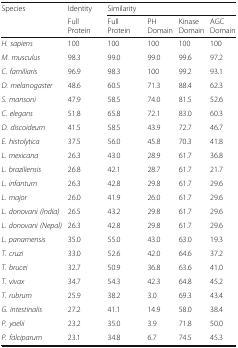
| Species | Identity | <COLSPAN=4> Similarity |
 |  | Full Protein | Full Protein | PH Domain | Kinase Domain | AGC Domain |
 | --- | --- | --- | --- | --- | --- |
 | H. sapiens | 100 | 100 | 100 | 100 | 100 |
 | M. musculus | 98.3 | 99.0 | 99.0 | 99.6 | 97.2 |
 | C. familiaris | 96.9 | 98.3 | 100 | 99.2 | 93.1 |
 | D. melanogaster | 48.6 | 60.5 | 71.3 | 88.4 | 62.3 |
 | S. mansoni | 47.9 | 58.5 | 74.0 | 81.5 | 52.6 |
 | C. elegans | 51.8 | 65.8 | 72.1 | 83.0 | 60.3 |
 | D. discoideum | 41.5 | 58.5 | 43.9 | 72.7 | 46.7 |
 | E. histolytica | 37.5 | 56.0 | 45.8 | 70.3 | 41.8 |
 | L. mexicana | 26.3 | 43.0 | 28.9 | 61.7 | 36.8 |
 | L. braziliensis | 26.8 | 42.1 | 28.7 | 61.7 | 21.7 |
 | L. infantum | 26.3 | 42.8 | 29.8 | 61.7 | 29.6 |
 | L. major | 26.0 | 41.9 | 26.0 | 61.7 | 29.6 |
 | L. donovani (India) | 26.5 | 43.2 | 29.8 | 61.7 | 29.6 |
 | L. donovani (Nepal) | 26.3 | 42.8 | 29.8 | 61.7 | 29.6 |
 | L. panamensis | 35.0 | 55.0 | 43.0 | 63.0 | 19.3 |
 | T. cruzi | 33.0 | 52.6 | 42.0 | 64.6 | 37.2 |
 | T. brucei | 32.7 | 50.9 | 36.8 | 63.6 | 41.0 |
 | T. vivax | 34.7 | 54.3 | 42.3 | 64.8 | 45.2 |
 | T. rubrum | 25.9 | 38.2 | 3.0 | 69.3 | 43.4 |
 | G. intestinalis | 27.2 | 41.1 | 14.9 | 58.0 | 38.4 |
 | P. yoelii | 23.2 | 35.0 | 3.9 | 71.8 | 50.0 |
 | P. falciparum | 23.1 | 34.8 | 6.7 | 74.5 | 45.3 |